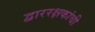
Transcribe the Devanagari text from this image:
द्वाररक्षकांची